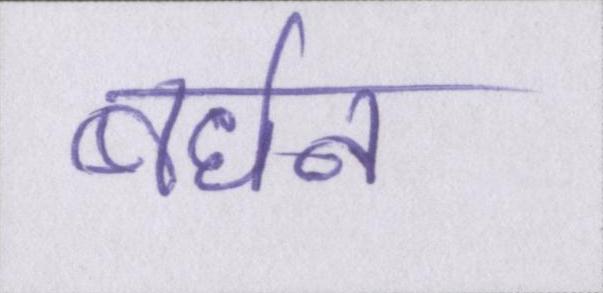
बर्धन